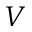
V